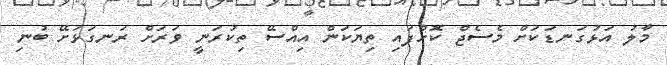
މާލު އަޅުގަނޑަކަށް މެސެޖް ކޮށްފައި ތިޔަކަން އިއްސޭ ތިކުރަނީ ވަރަށް ރަނގަޅަށޭ ބުނި